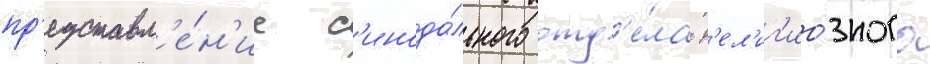
пр'едставл'е́н'ие с'инода́льного отд'е́ла р'ел'иг'ио́зного